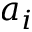
a _ { i }